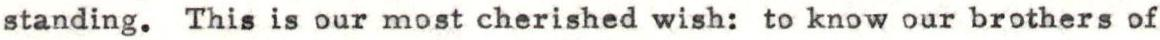
standing. This is our most cherished wish: to know our brothers of